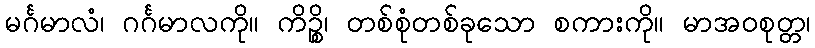
မင်္ဂမာလံ၊ ဂင်္ဂမာလကို။ ကိဉ္စိ၊ တစ်စုံတစ်ခုသော စကားကို။ မာအဝစုတ္တ၊